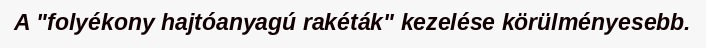
A "folyékony hajtóanyagú rakéták" kezelése körülményesebb.